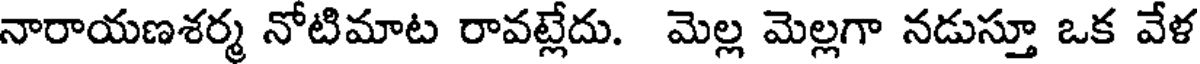
నారాయణశర్మ నోటిమాట రావట్లేదు. మెల్ల మెల్లగా నడుస్తూ ఒక వేళ